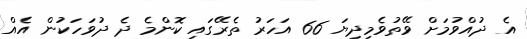
އެ ދުއްވުމަށް ވޭތުވެމިދިޔަ 66 އަހަރު ތެރޭގައި ކޮންމެ ދެ ދުވަހަކުން އެއް